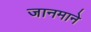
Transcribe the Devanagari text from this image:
जानमाने